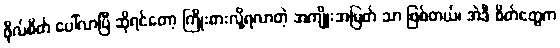
ဖိုလ်စိတ် ပေါ်လာပြီ ဆိုရင်တော့ ကြိုးစားလို့ရလာတဲ့ အကျိုးအမြတ် သာ ဖြစ်တယ်၊ အဲဒီ စိတ်တွေက